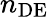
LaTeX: n_{\mathrm{DE}}